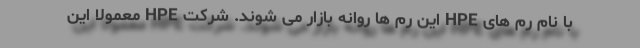
با نام رم های HPE این رم ها روانه بازار می شوند. شرکت HPE معمولا این